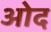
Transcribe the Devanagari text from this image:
ओद